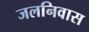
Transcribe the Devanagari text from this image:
जलनिवास